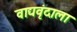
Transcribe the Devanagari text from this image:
वाद्यवृंदाला